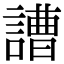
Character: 䜊